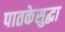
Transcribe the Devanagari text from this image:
पातकेसुद्धा